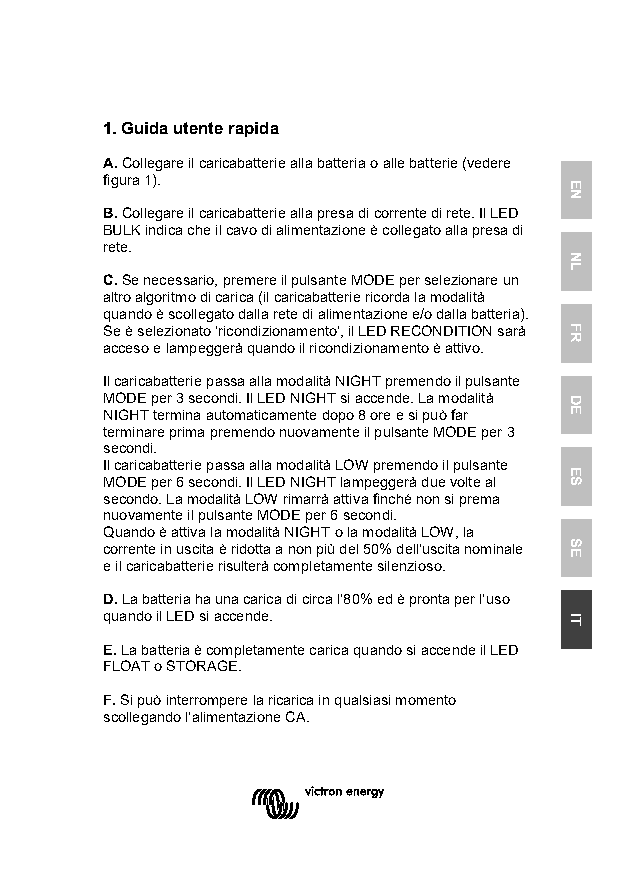
1. Guida utente rapida
 A. Collegare il caricabatterie alla batteria o alle batterie (vedere
 figura 1).
 B. Collegare il caricabatterie alla presa di corrente di rete. Il LED
 BULK indica che il cavo di alimentazione è collegato alla presa di
 rete.
 C. Se necessario, premere il pulsante MODE per selezionare un
 altro algoritmo di carica (il caricabatterie ricorda la modalità
 quando è scollegato dalla rete di alimentazione e/o dalla batteria).
 Se è selezionato ‘ricondizionamento’, il LED RECONDITION sarà
 acceso e lampeggerà quando il ricondizionamento è attivo.
 Il caricabatterie passa alla modalità NIGHT premendo il pulsante
 MODE per 3 secondi. Il LED NIGHT si accende. La modalità
 NIGHT termina automaticamente dopo 8 ore e si può far
 terminare prima premendo nuovamente il pulsante MODE per 3
 secondi.
 Il caricabatterie passa alla modalità LOW premendo il pulsante
 MODE per 6 secondi. Il LED NIGHT lampeggerà due volte al
 secondo. La modalità LOW rimarrà attiva finché non si prema
 nuovamente il pulsante MODE per 6 secondi.
 Quando è attiva la modalità NIGHT o la modalità LOW, la
 corrente in uscita è ridotta a non più del 50% dell'uscita nominale
 e il caricabatterie risulterà completamente silenzioso.
 D. La batteria ha una carica di circa l’80% ed è pronta per l’uso
 quando il LED si accende.
 E. La batteria è completamente carica quando si accende il LED
 FLOAT o STORAGE.
 F. Si può interrompere la ricarica in qualsiasi momento
 scollegando l’alimentazione CA.
 EN
 NL
 FR
 DE
 ES
 SE
 IT